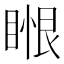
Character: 𥈥